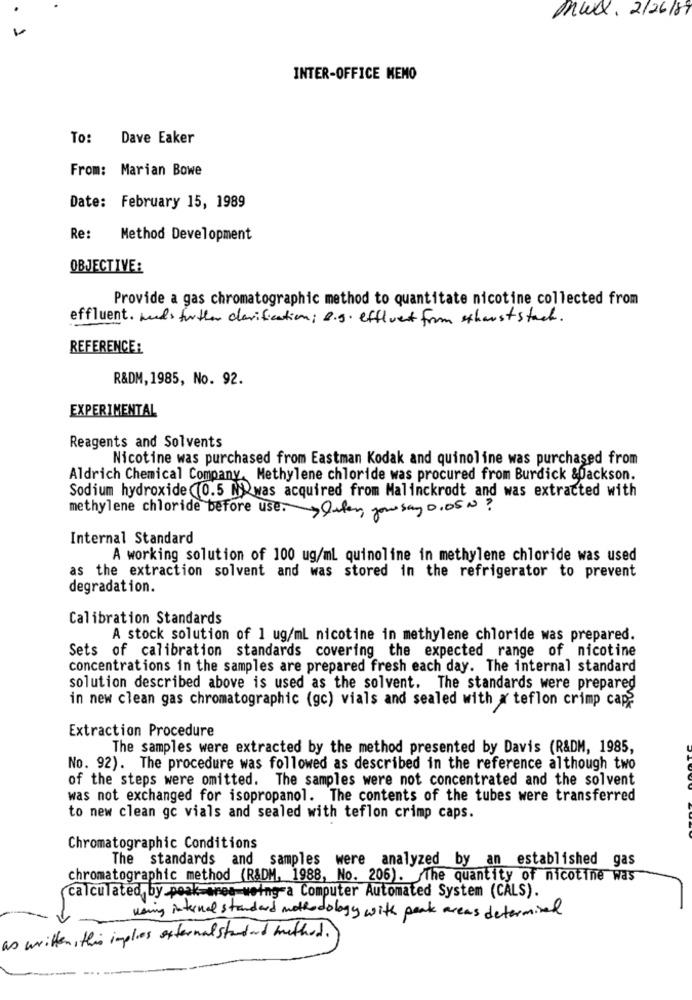
maxx, 2/26/89
INTER-OFFICE MEMO
To: Dave Eaker
From: Marian Bowe
Date: February 15, 1989
Re:
Method Development
OBJECTIVE:
Provide a gas chromatographic method to quantitate nicotine collected from
effluent. mads further clarification; 2.9. effluent from schauststack.
REFERENCE:
R&DM, 1985, No. 92.
EXPERIMENTAL
Reagents and Solvents
Nicotine was purchased from Eastman Kodak and quinoline was purchased from
Aldrich Chemical Company, Methylene chloride was procured from Burdick &Dackson.
Sodium hydroxide (0.5 Nwas acquired from Malinckrodt and was extracted with
methylene chloride before use. gluten you say 0.05 N?
Internal Standard
A working solution of 100 ug/ml quinoline in methylene chloride was used
as the extraction solvent and was stored in the refrigerator to prevent
degradation.
Calibration Standards
A stock solution of 1 ug/ml nicotine in methylene chloride was prepared.
Sets of calibration standards covering the expected range of nicotine
concentrations in the samples are prepared fresh each day. The internal standard
solution described above is used as the solvent. The standards were prepared
in new clean gas chromatographic (gc) vials and sealed with x teflon crimp cap?
Extraction Procedure
The samples were extracted by the method presented by Davis (R&DM, 1985,
No. 92). The procedure was followed as described in the reference although two
of the steps were omitted. The samples were not concentrated and the solvent
was not exchanged for isopropanol. The contents of the tubes were transferred
to new clean gc vials and sealed with teflon crimp caps.
Chromatographic Conditions
The standards and samples were analyzed by an established gas
chromatographic method (R&DM, 1988, No. 206). The quantity of nicotine was
calculated,by posk anes-weing-a Computer Automated System (CALS).
waing internal standard methodology with peak areas determined
as written , this implies externalstandard method .